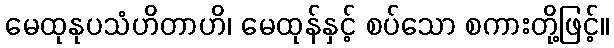
မေထုနုပသံဟိတာဟိ၊ မေထုန်နှင့် စပ်သော စကားတို့ဖြင့်။